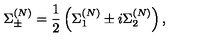
\Sigma _ { \pm } ^ { ( N ) } = \frac { 1 } { 2 } \left( \Sigma _ { 1 } ^ { ( N ) } \pm i \Sigma _ { 2 } ^ { ( N ) } \right) ,